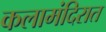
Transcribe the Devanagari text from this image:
कलामंदिरात